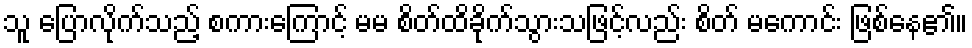
သူ ပြောလိုက်သည့် စကားကြောင့် မမ စိတ်ထိခိုက်သွားသဖြင့်လည်း စိတ် မကောင်း ဖြစ်နေ၏။